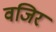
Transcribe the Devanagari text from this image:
वजिर